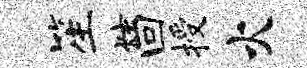
笙炫回授火